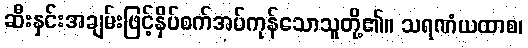
ဆီးနှင်းအချမ်းဖြင့်နှိပ်စက်အပ်ကုန်သောသူတို့၏။ သရဏံယထာစ၊